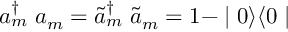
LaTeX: a _ { m } ^ { \dagger } \; a _ { m } = \tilde { a } _ { m } ^ { \dagger } \; \tilde { a } _ { m } = 1 - \mid 0 \rangle \langle 0 \mid